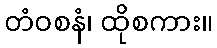
တံဝစနံ၊ ထိုစကား။